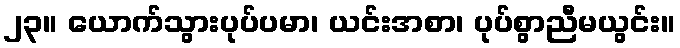
၂၃။ ယောက်သွားပုပ်ပမာ၊ ယင်းအစာ၊ ပုပ်စွာညီမယွင်း။